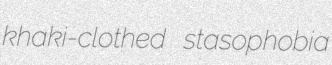
khaki-clothed stasophobia